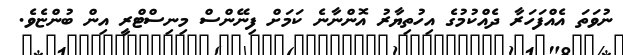
ނުވަތަ އެއްފަހަރާ ދެއްކުމުގެ އިހުތިޔާރު އޮންނާނެ ކަމަށް ފިނޭންސް މިނިސްޓްރީ އިން ބުންޏެވެ.